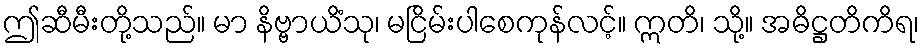
ဤဆီမီးတို့သည်။ မာ နိဗ္ဗာယိံသု၊ မငြိမ်းပါစေကုန်လင့်။ ဣတိ၊ သို့။ အဓိဋ္ဌတိကိရ၊